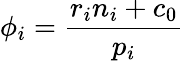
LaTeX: \phi_{i}=\frac{r_{i}n_{i}+c_{0}}{p_{i}}